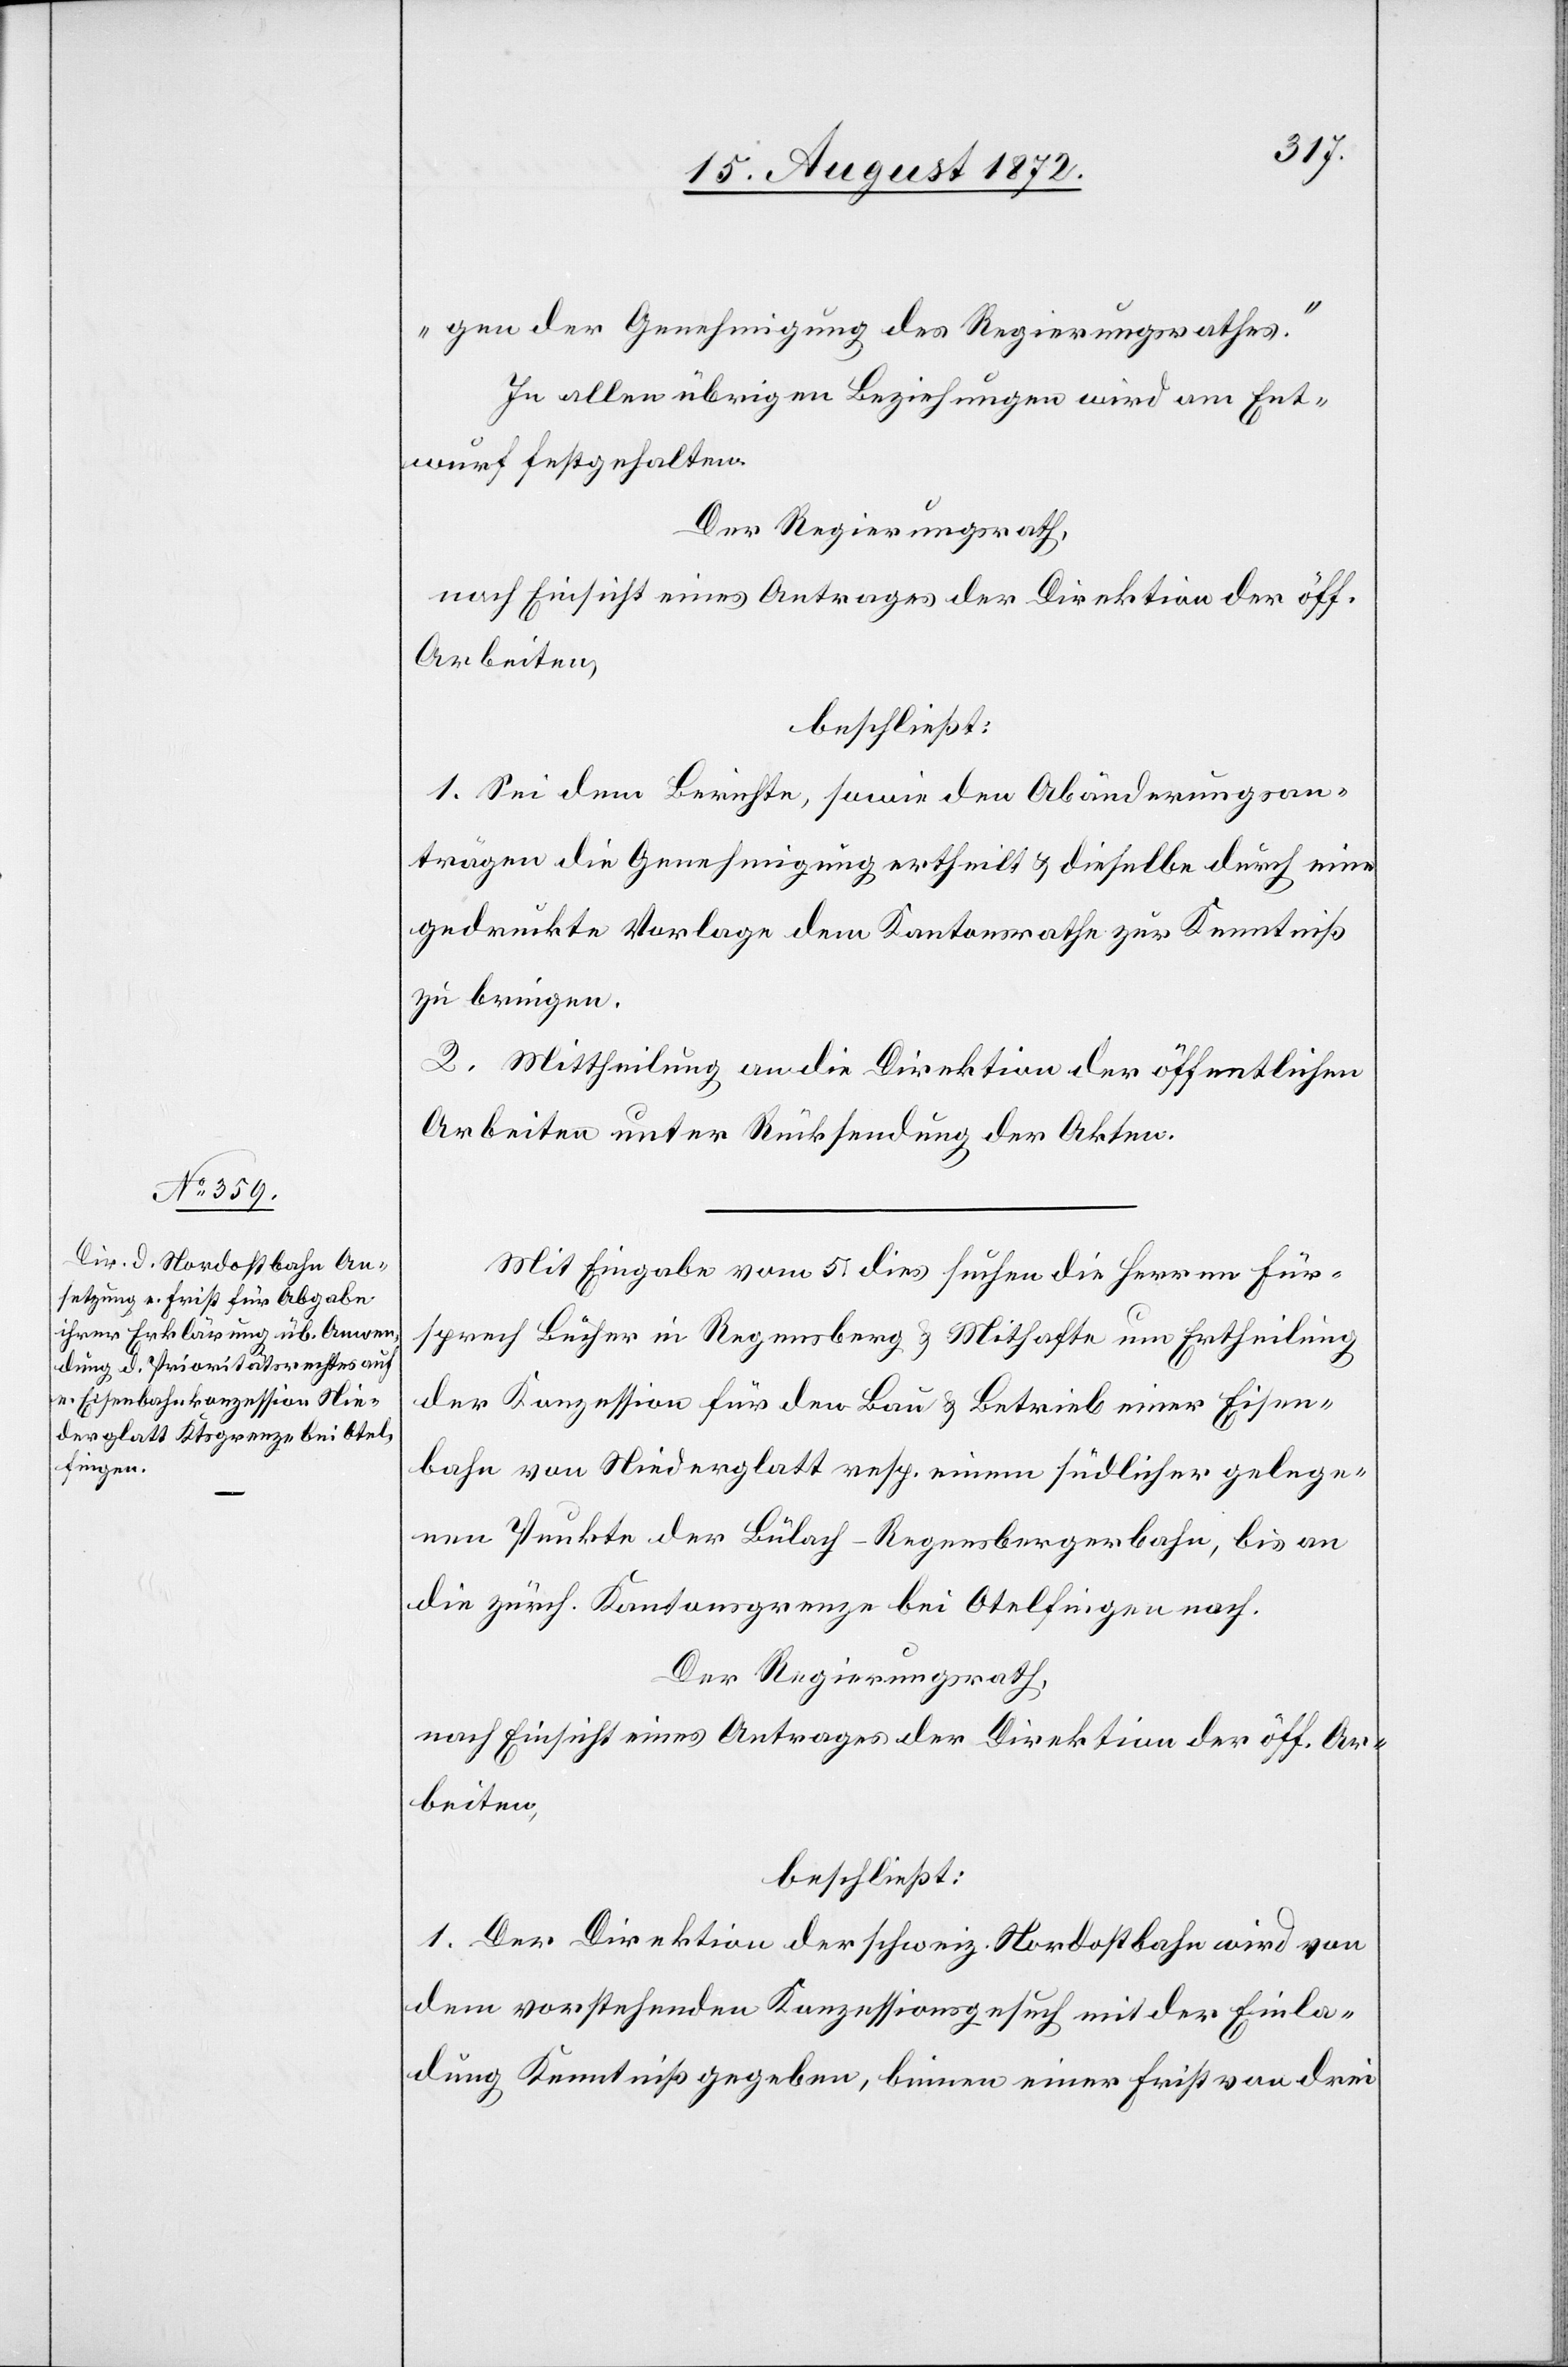
gen der Genehmigung des Regierungsrathes.“
In allen übrigen Beziehungen wird am Ent¬
wurf festgehalten.
Der Regierungsrath,
nach Einsicht eines Antrages der Direktion der öff.
Arbeiten,
beschließt:
1. Sei dem Berichte, sowie den Abänderungsan¬
trägen die Genehmigung ertheilt u. dieselbe durch eine
gedruckte Vorlage dem Kantonsrathe zur Kenntniß
zu bringen.
2. Mittheilung an die Direktion der öffentlichen
Arbeiten unter Rücksendung der Akten.
Mit Eingabe vom 5. dies suchen die Herren Für¬
sprech Bucher in Regensberg u. Mithafte um Ertheilung
der Konzession für den Bau u. Betrieb einer Eisen¬
bahn von Niederglatt resp. einem südlicher gelege¬
nen Punkte der Bülach–Regensbergerbahn, bis an
die zürch. Kantonsgrenze bei Otelfingen nach.
Der Regierungsrath,
nach Einsicht eines Antrages der Direktion der öff. Ar¬
beiten,
beschließt:
1. Der Direktion der schweiz. Nordostbahn wird von
dem vorstehenden Konzessionsgesuch mit der Einla¬
dung Kenntniß gegeben, binnen einer Frist von drei